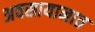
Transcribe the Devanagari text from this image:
अवसायानात